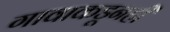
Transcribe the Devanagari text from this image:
गावाकडूनही